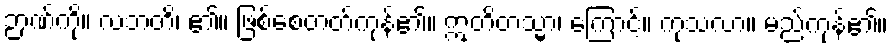
ဉာဏ်ကို။ လဘတိ၊ ၏။ ဖြစ်စေတတ်ကုန်၏။ ဣတိတသ္မာ၊ ကြောင့်။ ကုသလာ။ မည်ကုန်၏။